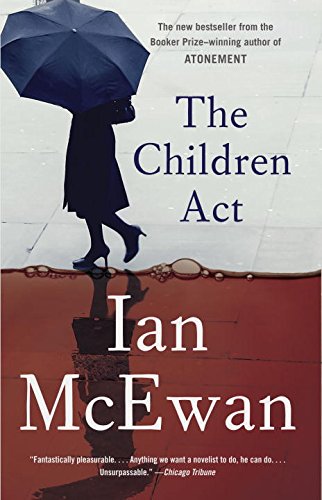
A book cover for The Children Act; Ian McEwan; Mystery, Thriller & Suspense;